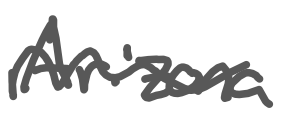
Text: Arizona
Cross-out: wave
Writing tool: digital_gray